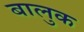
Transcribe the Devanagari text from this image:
बालुक